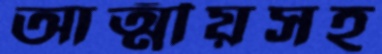
আত্মীয়সহ